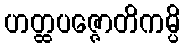
ဟတ္ထပဇ္ဇောတိကမ္ပိ